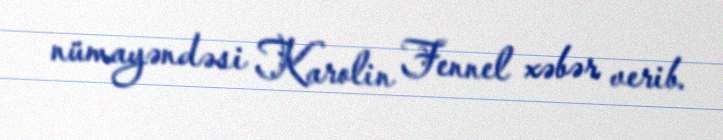
nümayəndəsi Karolin Fennel xəbər verib.